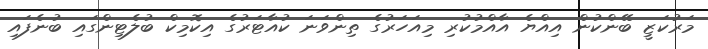
މަރުކަޒީ ބޭންކުން އިއްޔެ އާއްމުކުރި މިއަހަރުގެ ތިންވަނަ ކުއާޓަރުގެ އިކޮމިކް ބުލެޓިންގައި ބުނެފައި